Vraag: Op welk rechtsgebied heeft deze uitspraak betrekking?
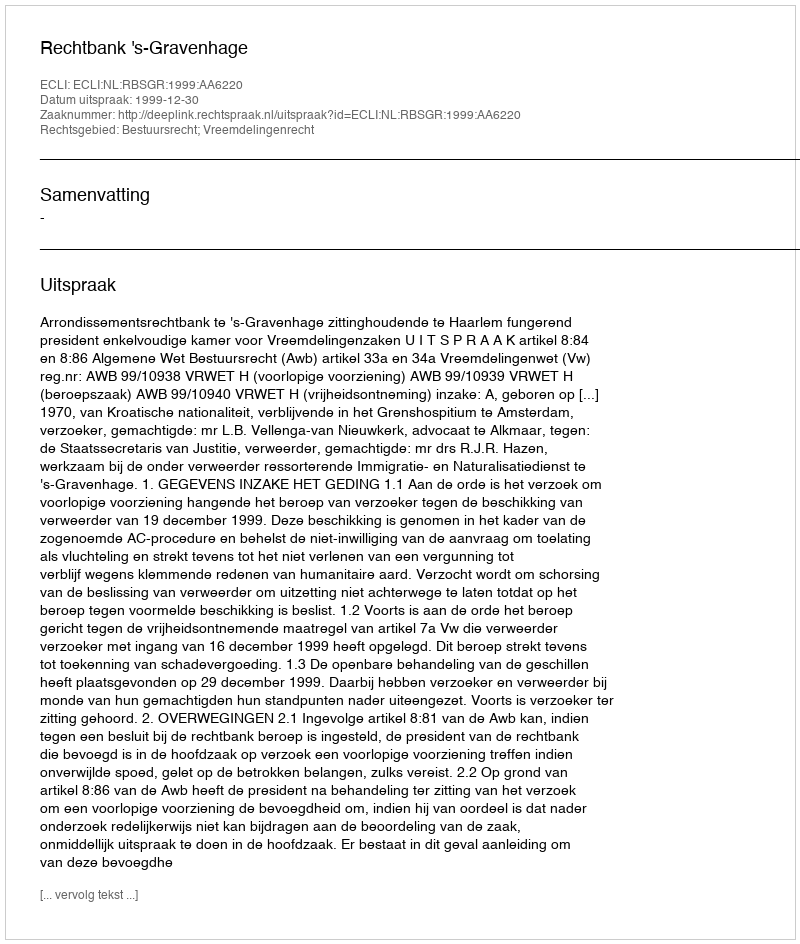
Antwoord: Bestuursrecht; Vreemdelingenrecht